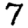
Digit: 7